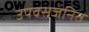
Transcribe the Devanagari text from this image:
उपवसजनित